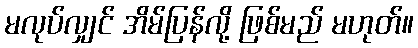
မလုပ်လျှင် အိမ်ပြန်လို့ ဖြစ်မည် မဟုတ်။